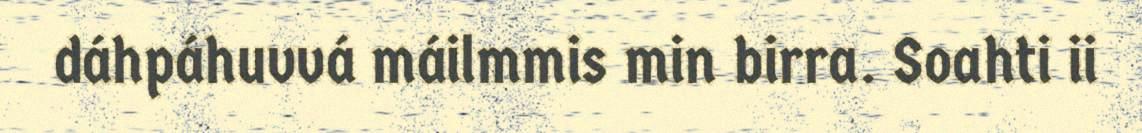
dáhpáhuvvá máilmmis min birra. Soahti ii